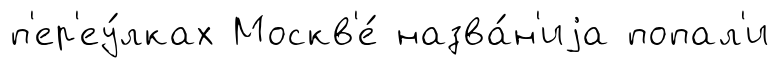
п'ер'еу́лках Москв'е́ назва́н'иjа попал'и